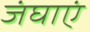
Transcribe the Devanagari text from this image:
जंघाएं